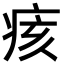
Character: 痎